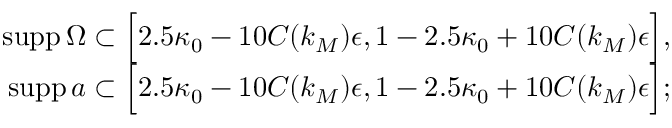
\begin{array} { r } { \mathrm { s u p p } \, \Omega \subset \Big [ 2 . 5 \kappa _ { 0 } - 1 0 C ( k _ { M } ) \epsilon , 1 - 2 . 5 \kappa _ { 0 } + 1 0 C ( k _ { M } ) \epsilon \Big ] , } \\ { \mathrm { s u p p } \, a \subset \Big [ 2 . 5 \kappa _ { 0 } - 1 0 C ( k _ { M } ) \epsilon , 1 - 2 . 5 \kappa _ { 0 } + 1 0 C ( k _ { M } ) \epsilon \Big ] ; } \end{array}